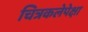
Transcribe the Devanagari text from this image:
चित्रकलेपेक्षा